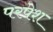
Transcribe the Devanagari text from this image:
परपेश